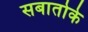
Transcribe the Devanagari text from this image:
सबातोके